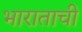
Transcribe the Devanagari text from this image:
भाराताची